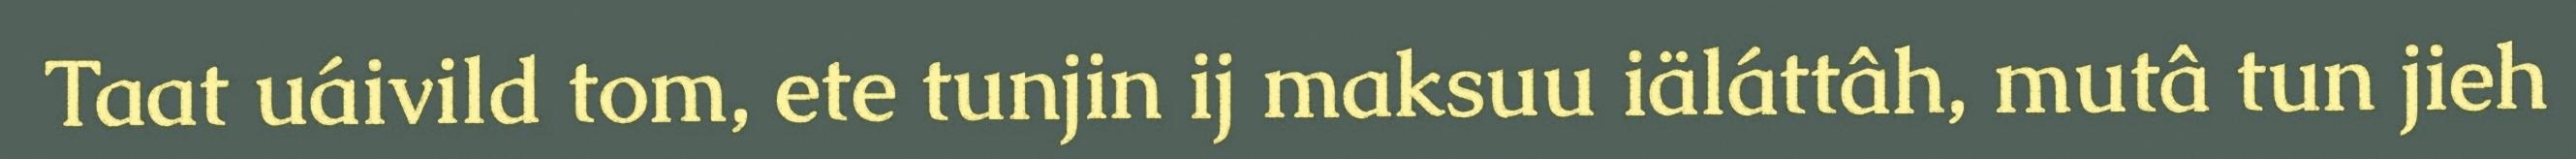
Taat uáivild tom, ete tunjin ij maksuu iäláttâh, mutâ tun jieh